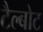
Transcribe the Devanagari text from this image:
टैल्बोट